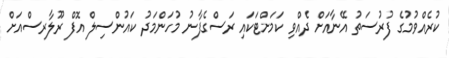
ކުރެއްވުމުގެ ފުރުސަތު އޭނާއަށް ދެއްވި ކަމަށްޓަކައި ރަސްގެފާނު މުހަންމަދު ކައުންސިލް އޮފް ރޫލާރސްއަށް